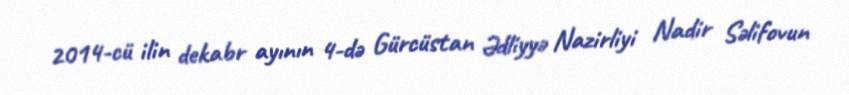
2014-cü ilin dekabr ayının 4-də Gürcüstan Ədliyyə Nazirliyi Nadir Səlifovun